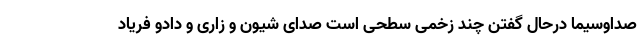
صداوسیما درحال گفتن چند زخمی سطحی است صدای شیون و زاری و دادو فریاد